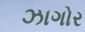
ઝાગોર